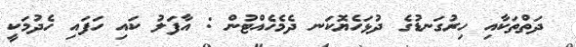
ދަތްތަކާއި ހިރުގަނޑުގެ ދުޅަހެޔޮކަނ ދެމެހެއްޓުން : އާފަލު ކައި ހަފައި ހެދުމަކީ